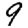
Digit: 9